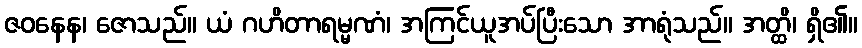
ဇဝနေန၊ ဇောသည်။ ယံ ဂဟိတာရမ္မဏံ၊ အကြင်ယူအပ်ပြီးသော အာရုံသည်။ အတ္ထိ၊ ရှိ၏။